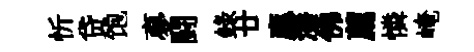
忻贷饱夣闘錄廿應潘佛薦憐崦